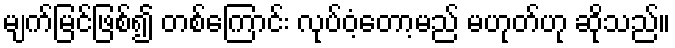
မျက်မြင်ဖြစ်၍ တစ်ကြောင်း လုပ်ဝံ့တော့မည် မဟုတ်ဟု ဆိုသည်။